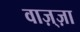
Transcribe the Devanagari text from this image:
वाज़्ज़ा